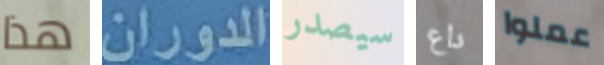
هذا الدوران سيصدر داع عملوا